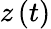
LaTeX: z\left(t\right)